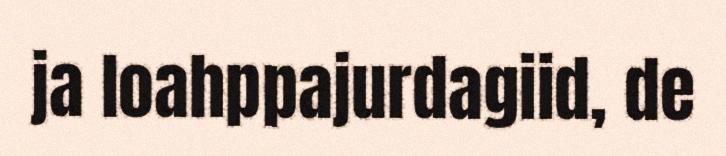
ja loahppajurdagiid, de